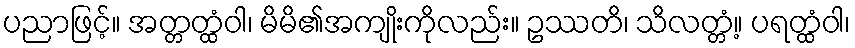
ပညာဖြင့်။ အတ္တတ္ထံဝါ၊ မိမိ၏အကျိုးကိုလည်း။ ဥဿတိ၊ သိလတ္တံ့။ ပရတ္ထံဝါ၊